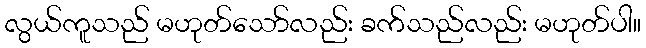
လွယ်ကူသည် မဟုတ်သော်လည်း ခက်သည်လည်း မဟုတ်ပါ။